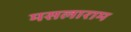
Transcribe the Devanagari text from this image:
मसलाराम